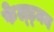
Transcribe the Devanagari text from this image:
फेल्ड्मन